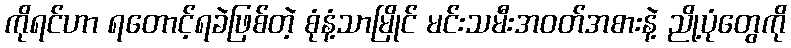
ကိုရင်ဟာ ရတောင့်ရခဲဖြစ်တဲ့ စုံနံ့သာမြိုင် မင်းသမီးအဝတ်အစားနဲ့ ညို့ပုံတွေကို